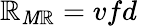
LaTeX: {\mathbb{R}}_{\mathit{M}\mathbb{R}}=vfd\,